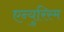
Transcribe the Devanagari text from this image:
एन्युरिस्म